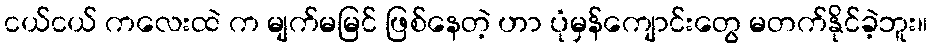
ငယ်ငယ် ကလေးထဲ က မျက်မမြင် ဖြစ်နေတဲ့ ဟာ ပုံမှန်ကျောင်းတွေ မတက်နိုင်ခဲ့ဘူး။